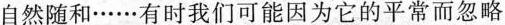
内敛深沉，有的自然随和……有时我们可能因为它的平常而忽略